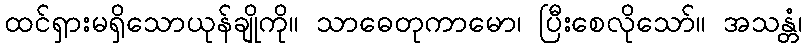
ထင်ရှားမရှိသောယုန်ချိုကို။ သာဓေတုကာမော၊ ပြီးစေလိုသော်။ အသန္တံ၊